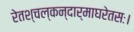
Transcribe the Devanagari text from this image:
रेतश्चल्कन्दार्माघरेतसः।